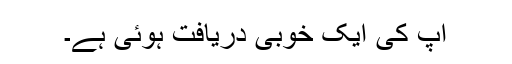
آپ کی ایک خوبی دریافت ہوئی ہے۔